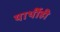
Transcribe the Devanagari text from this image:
यार्थीही